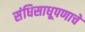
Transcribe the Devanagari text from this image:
संधिसाधूपणाचे